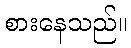
စားနေသည်။